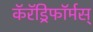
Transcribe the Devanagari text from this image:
कॅरॅड्रिफॉर्मस्